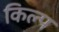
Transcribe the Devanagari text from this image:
किल्प